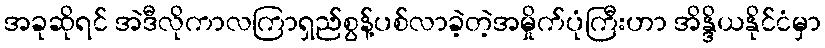
အခုဆိုရင် အဲဒီလိုကာလကြာရှည်စွန့်ပစ်လာခဲ့တဲ့အမှိုက်ပုံကြီးဟာ အိန္ဒိယနိုင်ငံမှာ